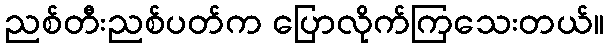
ညစ်တီးညစ်ပတ်က ပြောလိုက်ကြသေးတယ်။